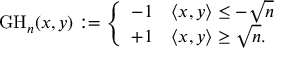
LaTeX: { \mathrm { G H } } _ { n } ( x , y ) : = { \left\{ \begin{array} { l l } { - 1 } & { \langle x , y \rangle \leq - { \sqrt { n } } } \\ { + 1 } & { \langle x , y \rangle \geq { \sqrt { n } } . } \end{array} \right. }